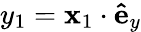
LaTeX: y_{1}=\mathbf{x}_{1}\cdot\mathbf{\hat{e}}_{y}